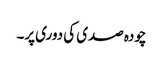
چودہ صدی کی دوری پر۔